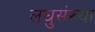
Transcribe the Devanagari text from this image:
लघुसंख्या